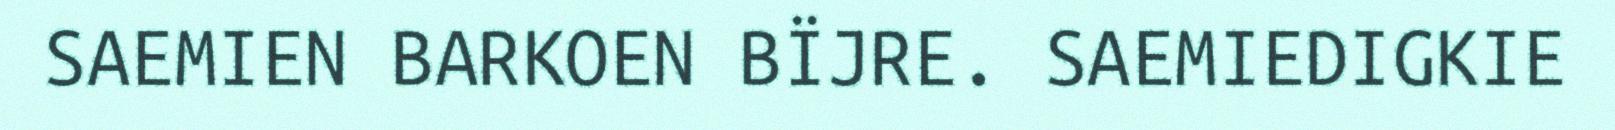
SAEMIEN BARKOEN BÏJRE. SAEMIEDIGKIE